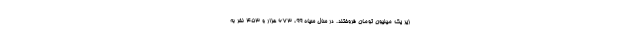
زیر یک میلیون تومان فروختند. در سال سیاه ۹۹، ۶۷۳ هزار و ۴۵۳ نفر به